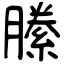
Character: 縢